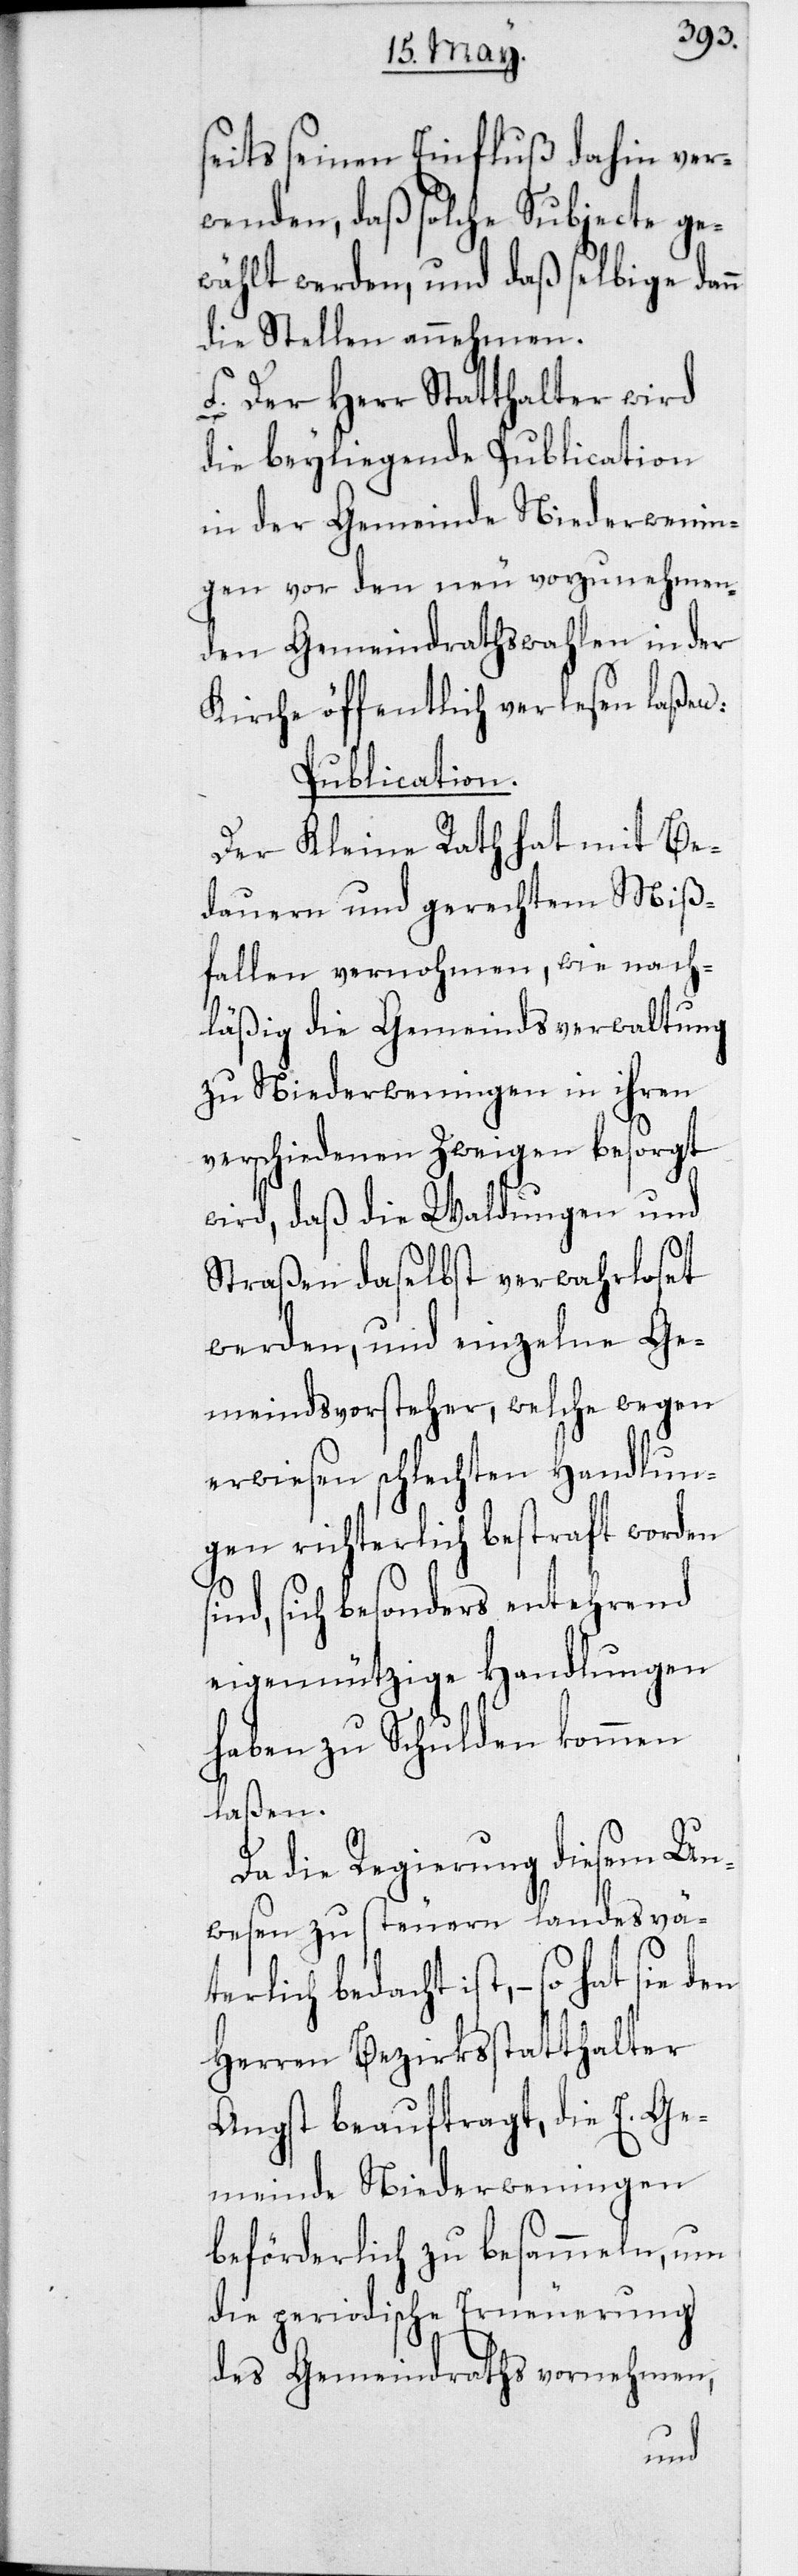
seits seinen Einfluß dahin ver¬
wenden, daß solche Subjecte ge¬
wählt werden, und daß selbige dann
die Stellen annehmen.
f) Der Herr Statthalter wird
die beyliegende Publication
in der Gemeinde Niederwenin¬
gen vor den neu vorzunehmen¬
den Gemeindrathswahlen in der
Kirche öffentlich verlesen laßen.
Publication.
Der Kleine Rath hat mit Be¬
dauern und gerechtem Miß¬
fallen vernohmen, wie nach¬
läßig die Gemeindsverwaltung
zu Niederweningen in ihren
verschiedenen Zweigen besorgt
wird, daß die Waldungen und
Straßen daselbst verwahrloset
werden, und einzelne Ge¬
meindsvorsteher, welche wegen
erwiesen schlechten Handlun¬
gen richterlich bestraft worden
sich besonders entehrend
eigennützige Handlungen
haben zu Schulden kommen
laßen.
Da die Regierung diesem Un¬
wesen zu steuern landesvä¬
terlich bedacht ist, – so hat
Herren Bezirksstatthalter
Angst beauftragt, die E. Ge¬
meinde Niederweningen
beförderlich zu besammeln, um
die periodische Erneuerung
des Gemeindraths vornehmen,